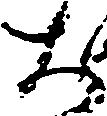
大